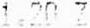
1.20 Z